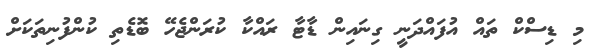
މި ޑިސްކް ތައް އުފައްދަނީ ގިނައިން ޑާޓާ ރައްކާ ކުރަންޖެހޭ ބޮޑެތި ކުންފުނިތަކަށް